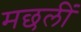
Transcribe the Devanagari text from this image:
मछलीं